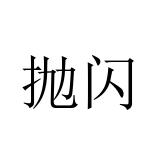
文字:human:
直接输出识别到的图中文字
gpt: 抛闪